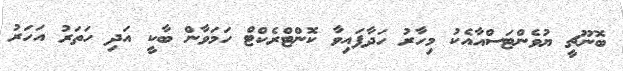
ބޮނޫޗީ ޔުވެންޓަސްއާއެކު މިހާރު ހަދާފައިވާ ކޮންޓްރެކްޓް ހަމަވާން ބާކީ އަދި ހަތަރު އަހަރު